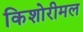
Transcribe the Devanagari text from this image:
किशोरीमल